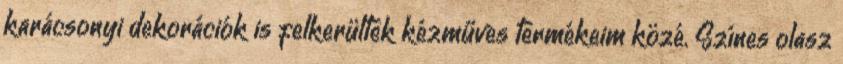
karácsonyi dekorációk is felkerültek kézműves termékeim közé. Színes olasz